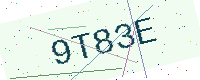
Text: 9T83E